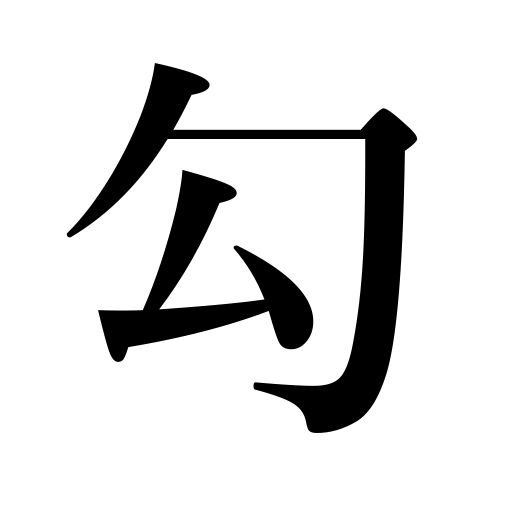
Meanings: to bent